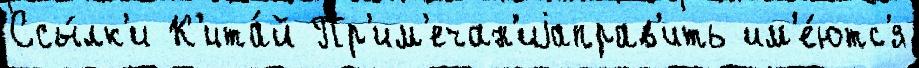
Ссы́лк'и К'ита́й Пр'им'ечан'иjаправ'ить им'е́ютс'я